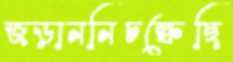
জড়াননিচল্‌কেছি